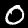
Digit: 0